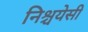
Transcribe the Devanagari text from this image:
निश्चयेसी